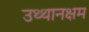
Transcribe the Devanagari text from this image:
उथ्थानक्षम